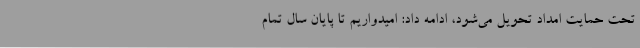
تحت حمایت امداد تحویل می‌شود، ادامه داد: امیدواریم تا پایان سال تمام